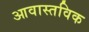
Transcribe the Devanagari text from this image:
आवास्तविक